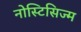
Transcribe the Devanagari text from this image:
नोस्टिसिज्म